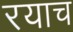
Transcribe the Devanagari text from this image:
रयाच